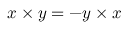
x \times y = - y \times x